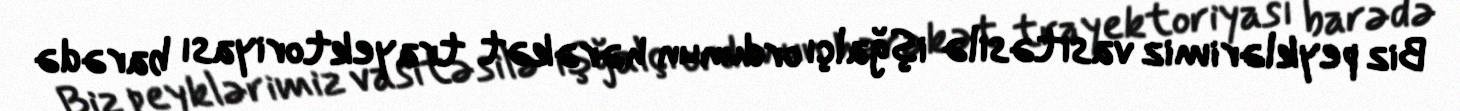
Biz peyklərimiz vasitəsilə işğalçı ordunun hərəkət trayektoriyası barədə